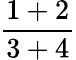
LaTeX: \frac{1+2}{3+4}